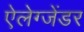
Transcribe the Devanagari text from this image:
ऐलेग्जेंडर